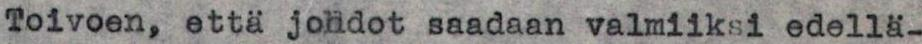
Toivoen, että johdot saadaan valmiiksi edellä-